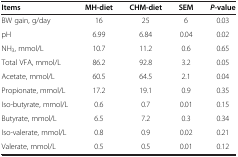
| Items | MH-diet | CHM-diet | SEM | P-value |
 | --- | --- | --- | --- | --- |
 | BW gain, g/day | 16 | 25 | 6 | 0.03 |
 | pH | 6.99 | 6.84 | 0.04 | 0.02 |
 | NH3, mmol/L | 10.7 | 11.2 | 0.6 | 0.65 |
 | Total VFA, mmol/L | 86.2 | 92.8 | 3.2 | 0.05 |
 | Acetate, mmol/L | 60.5 | 64.5 | 2.1 | 0.04 |
 | Propionate, mmol/L | 17.2 | 19.1 | 0.9 | 0.35 |
 | Iso-butyrate, mmol/L | 0.6 | 0.7 | 0.01 | 0.15 |
 | Butyrate, mmol/L | 6.5 | 7.2 | 0.3 | 0.34 |
 | Iso-valerate, mmol/L | 0.8 | 0.9 | 0.02 | 0.21 |
 | Valerate, mmol/L | 0.5 | 0.5 | 0.01 | 0.12 |